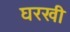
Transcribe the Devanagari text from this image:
घरखी